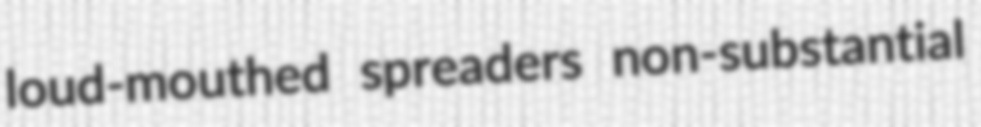
loud-mouthed spreaders non-substantial